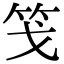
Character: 䇝